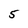
Character: 5